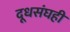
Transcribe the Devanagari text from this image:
दूधसंघही